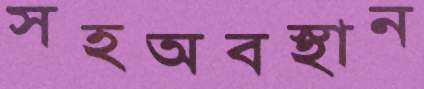
সহঅবস্থান